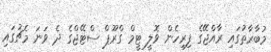
މުބާރާތުގައި ރާއްޖޭގެ ފިރިހެން ވޮލީ ޓީމް ގްރޫޕް ސްޓޭޖްގެ ދެ ވަނަ މެޗުގައި